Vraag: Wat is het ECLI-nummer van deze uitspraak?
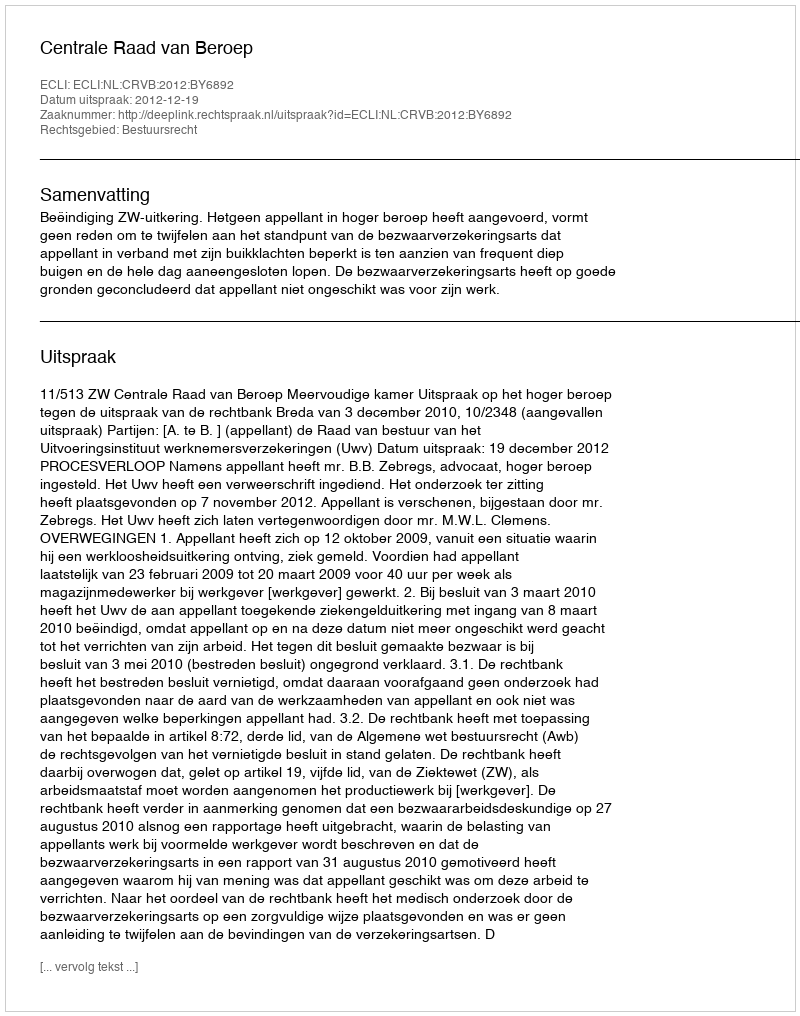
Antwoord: ECLI:NL:CRVB:2012:BY6892